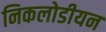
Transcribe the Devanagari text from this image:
निकलोडीयन